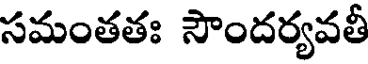
సమంతతః సౌందర్యవతీ